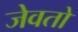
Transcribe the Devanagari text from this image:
जेवतो